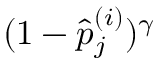
( 1 - \hat { p } _ { j } ^ { ( i ) } ) ^ { \gamma }